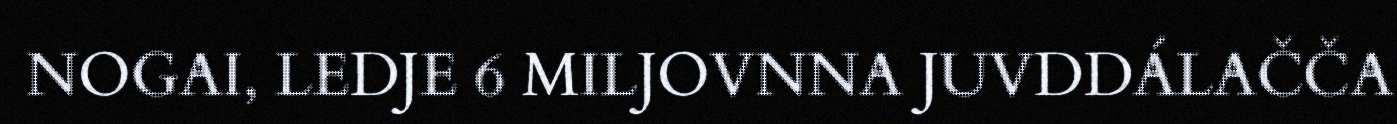
NOGAI, LEDJE 6 MILJOVNNA JUVDDÁLAČČA